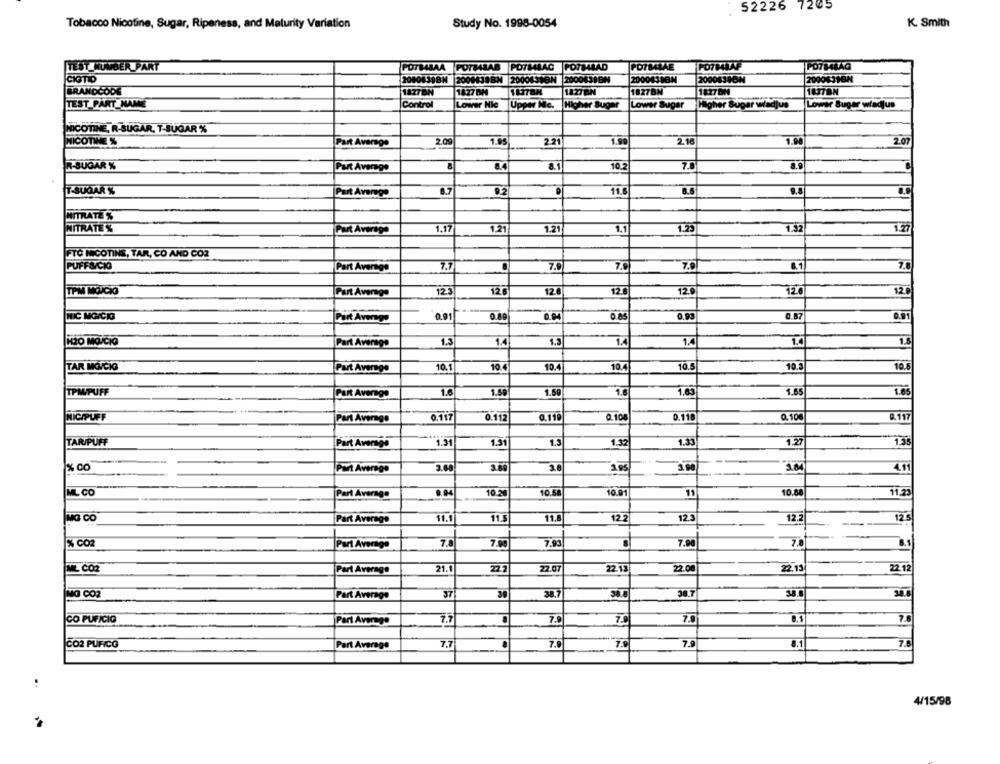
52226 7205
Study No. 1998-0054
K. Smith
Tobacco Nicotine, Sugar, Ripeness, and Maturity Variation
TEST NUMBER PART
POTBABAA
POTMALAB
POTMALAC FOTBALAD
PD7MIAE
POTHIAF
POTFARAG
CIGTIO
2040439BM 2009438BN 2000638BN 2000839BN
20004316N
20004380N
2000631BN
BRANDCODE
1877BN
1427 DM
1827BN
1827 BN
1877BN
TEST PART_NAME
Control
Lower Nic Upper Mle.
Higher Sugar
Lower Sugar
Higher Super wadjus
Lower Suger wiadjus
NICOTINE, R-SUGAR, T-SUGAR %
NICOTINE %
Part Average
2.00
1.95
2.21
1.99
2.18
1.98
2.07
R-SUGAR %
Part Average
8.4
8.1
10.2
7.0
8.9
T-SUGAR %
8.7
0.2
11.6
Part Average
NITRATE %
NITRATE %
Part Average
1.17
1.21
1.21
1.1
1.23
1.32
FTC NICOTINE, TAR, CO AND COZ
PUFF&/CKI
7.7
7.
7.9
7.9
7.8
Part Average
TPM MOICIO
12.3
12.6
12.8
12.8
12.9
12.6
12.9
Part Average
MIC MOICIG
Part Aveng-
0.01
0.89
0.93
0.87
0.91
KRO MO/CIO
Part Average
1.3
1.3
14
1.5
TAR MOICIO
10.1
10.4
10.4
10.4
10.5
10.3
10.5
Part Average
TPM/PUFF
Furt Average
1.6
1.50
1.59
1.6
1.63
1.65
1.65
NICIPUFF
Part Average
0.117
0.112
0.110
0.10
0.118
0.106
9.117
TAR/PUFF
Part Average
1.31
1.31
1.5
1.32
1.33
1.27
1.35
% co
3.69
Part Average
3.00
2.8
3.00
4.11
ML CO
Part Average
9.94
10.28
10.58
10.91
11
10.88
11.23
MG CO
Part Average
11.1
11.5
11.
12.2
123
12.2
12 5
% CO2
7,93
7.90
Port Average
7.
7.90
7.0
AL CO2
Part Average
21.
22.2
22.07
2.13
22.13
22 12
MG CO2
Part Average
37
39
38.7
38.8
38.7
38.8
CO PUFICIO
7.9
7.0
7.9
8.1
7.8
Part Average
7.7
8.1
7.6
CO2 PUFICO
Part Average
7.7
7.0
7.0
4/15/98